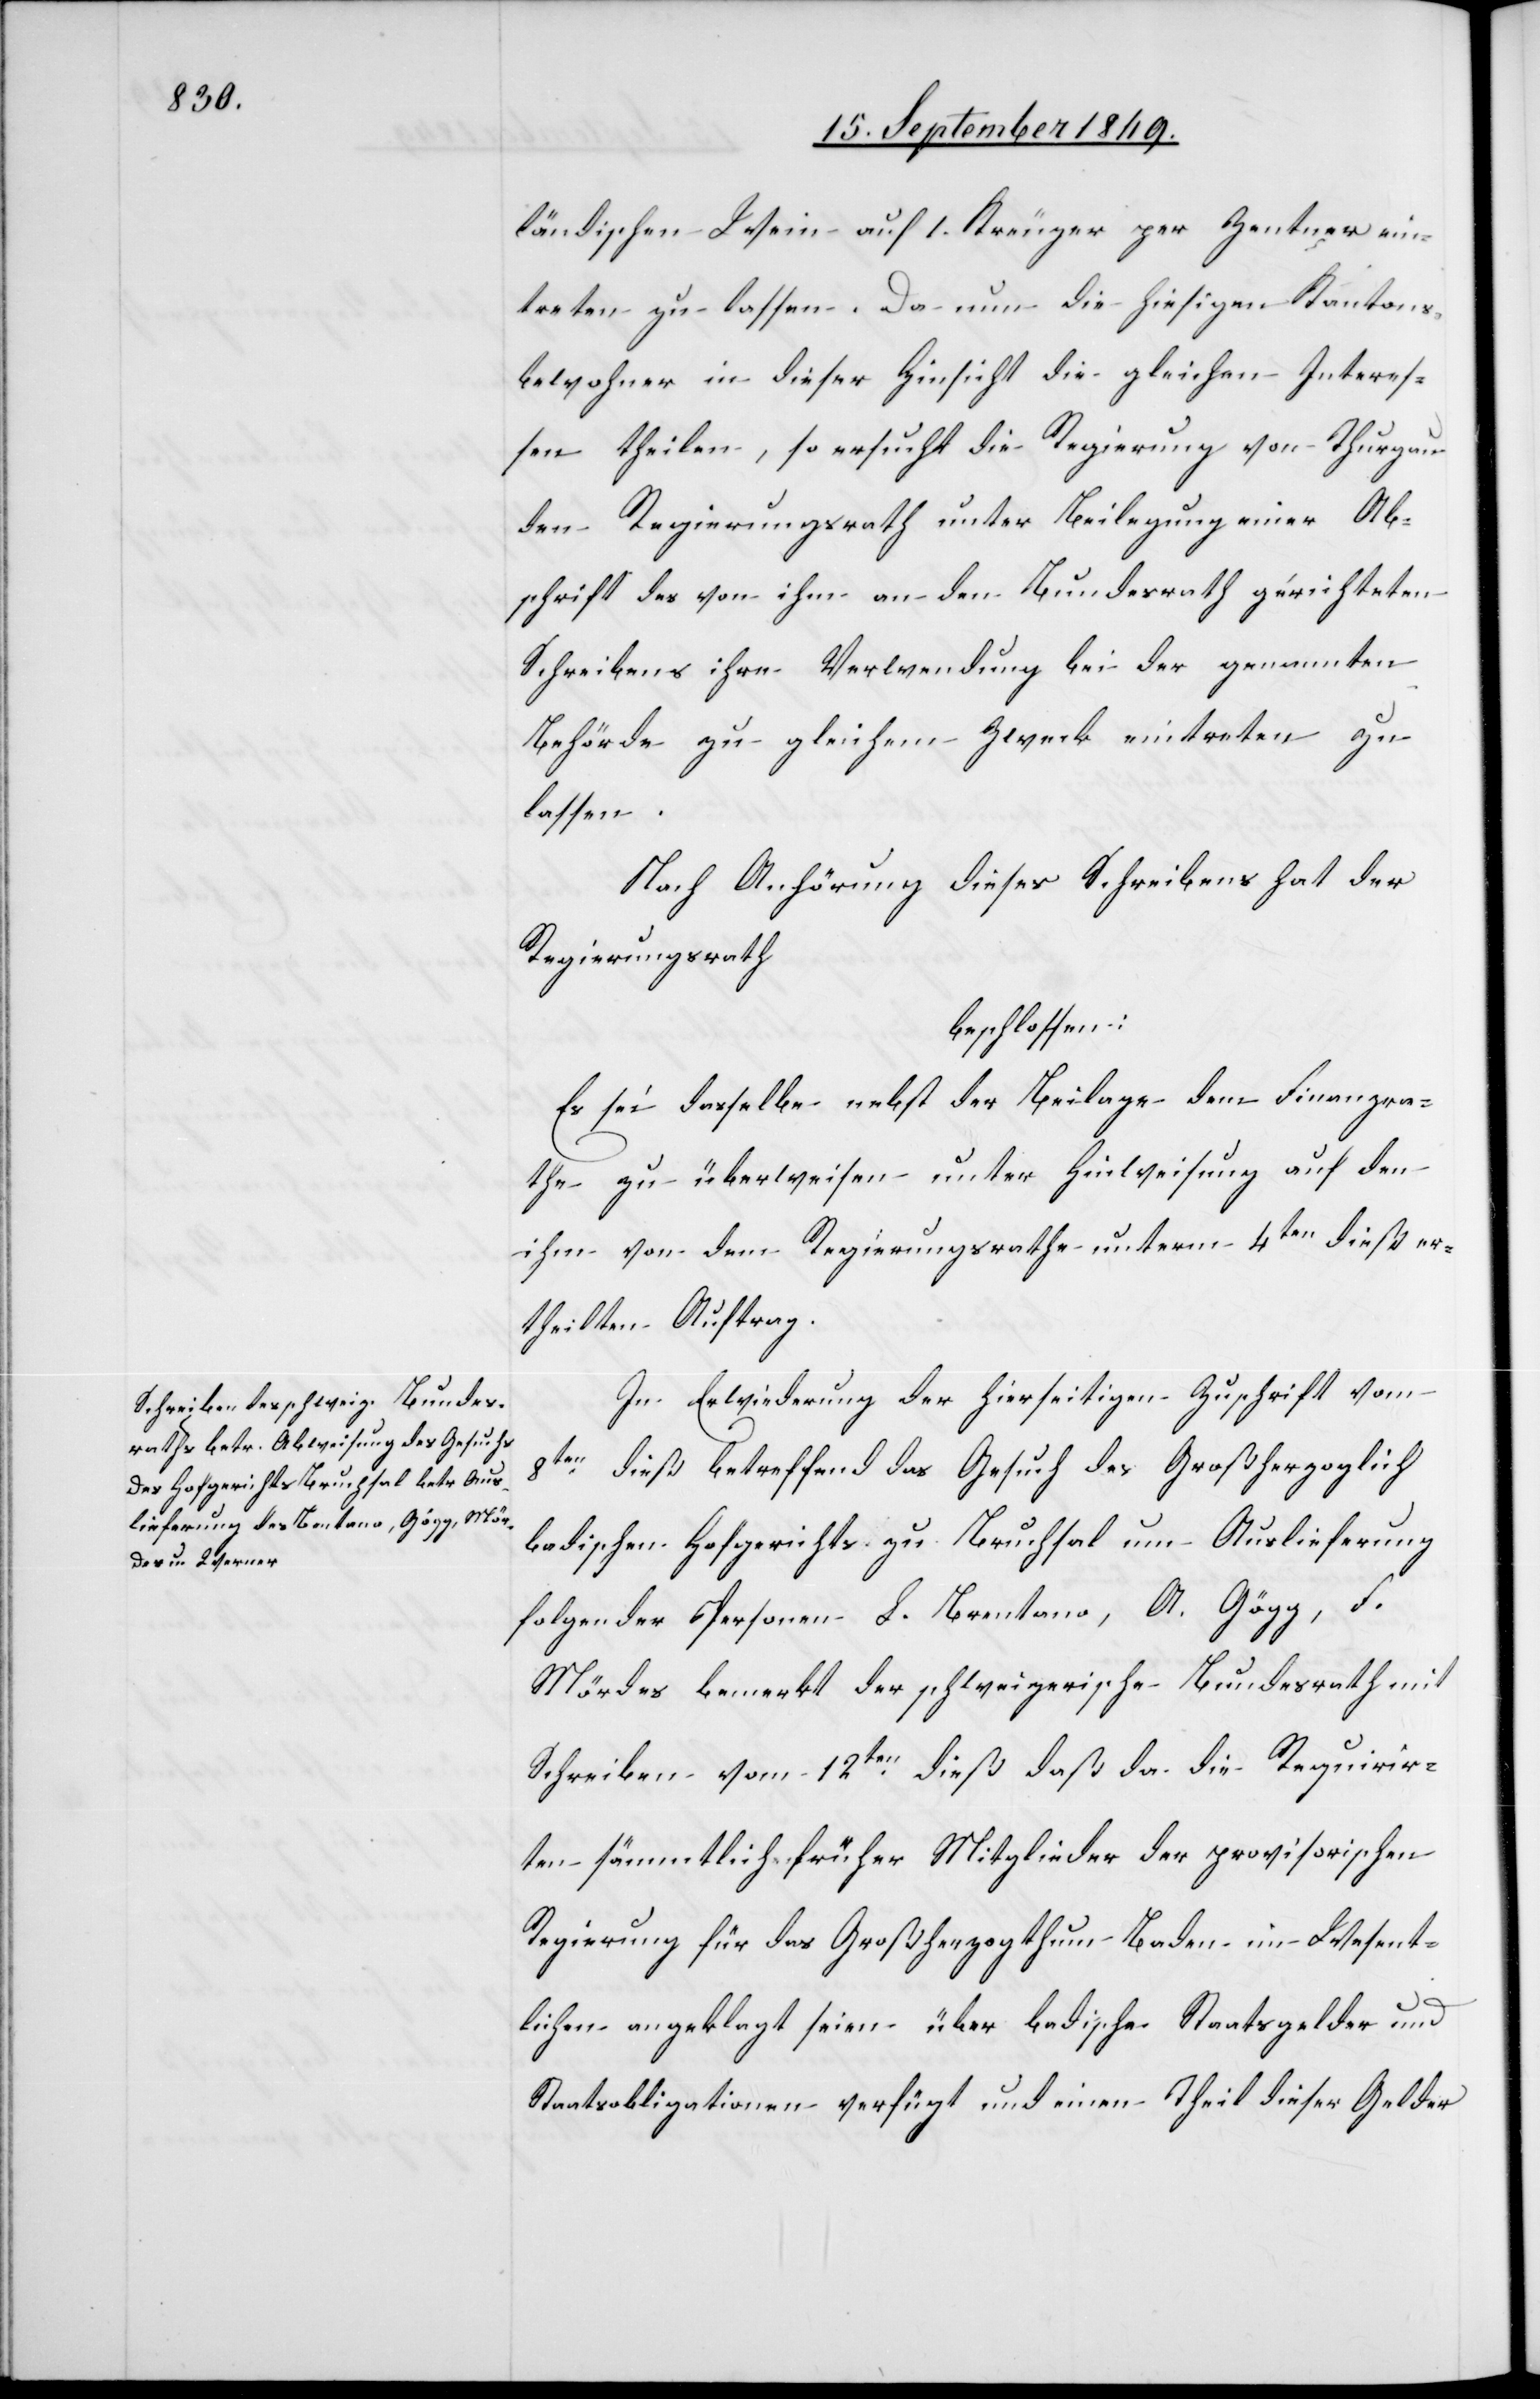
ländischen Wein auf 1. Kreuzer per Zentner ein¬
treten zu lassen. Da nun die hiesigen Kantons¬
bewohner in dieser Hinsicht die gleichen Interes¬
sen theilen, so ersucht die Regierung von Thurgau
den Regierungsrath unter Beilegung einer Ab¬
schrift des von ihm an den Bundesrath gerichteten
Schreibens ihre Verwendung bei der genannten
Behörde zu gleichem Zweck eintreten zu
lassen.
Nach Anhörung dieses Schreibens hat der
Regierungsrath
beschlossen:
Es sie dasselbe nebst der Beilage dem Finanzra¬
the zu überweisen unter Hinweisung auf den
ihm von dem Regierungsrathe unterm 4ten dieß er¬
theilten Auftrag.
In Erwiederung der hierseitigen Zuschrift vom
8ten dieß betreffend das Gesuch des Großherzoglich
badischen Hofgerichts zu Bruchsal um Auslieferung
folgender Personen L. Brentano, A. Gögg, F.
Mördes bemerkt der schweizerische Bundesrath mit
Schreiben vom 12ten dieß daß da die Requirir¬
ten sämmtlich früher Mitglieder der provisorischen
Regierung für das Großherzogthum Baden im Wesent¬
lichen angeklagt seien über badische Staatsgelder und
Staatsobligationen verfügt und einen Theil dieser Gelder